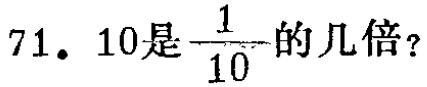
71. \(10\)是\(\frac{1}{10}\)的几倍？